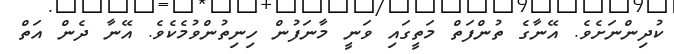
ކުދިންނަށެވެ. އޭނާގެ ތުންފަތް މަތީގައި ވަނީ މާނަފުން ހިނިތުންވުމެކެވެ. އޭނާ ދެން އަތް